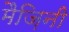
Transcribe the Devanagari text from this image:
मैज़िनी